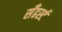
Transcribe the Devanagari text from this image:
सँढर्स्ट